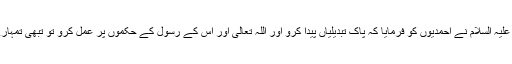
جیسا کہ حضرت مسیح موعود علیہ السلام نے احمدیوں کو فرمایا کہ پاک تبدیلیاں پیدا کرو اور اللہ تعالیٰ اور اُس کے رسول کے حکموں پر عمل کرو تو تبھی تمہارے ایمان کا صحیح پتہ لگے گا۔